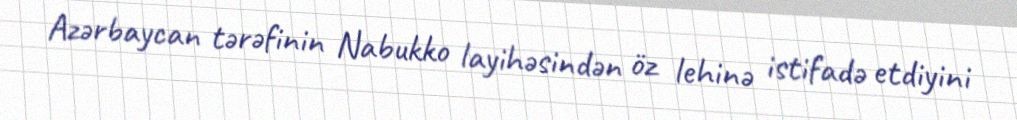
Azərbaycan tərəfinin Nabukko layihəsindən öz lehinə istifadə etdiyini